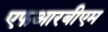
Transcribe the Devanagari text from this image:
एफआरबीएम